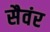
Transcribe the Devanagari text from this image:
सैवंर